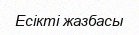
Есікті жазбасы